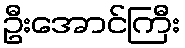
ဦးအောင်ကြီး